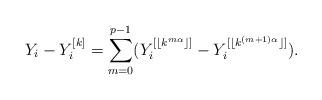
LaTeX: \begin{align*} Y_i-Y_{i}^{[k]}=\sum_{m=0}^{p-1}(Y_i^{[\lfloor k^{m\alpha}\rfloor ]}-Y_i^{[\lfloor k^{(m+1)\alpha}\rfloor ]}).\end{align*}